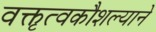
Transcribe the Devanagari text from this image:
वक्तृत्वकौशल्याने